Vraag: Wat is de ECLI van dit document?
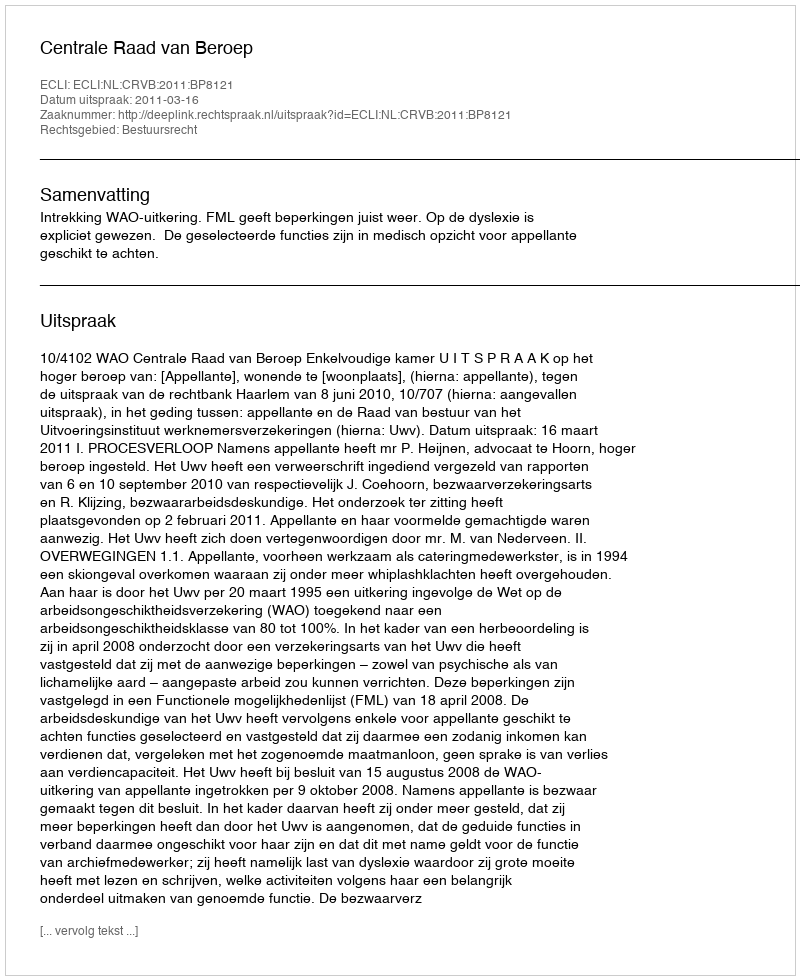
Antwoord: ECLI:NL:CRVB:2011:BP8121